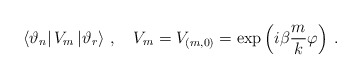
\begin{align*}\left\langle \vartheta _{n}\right| V_{m}\left| \vartheta_{r}\right\rangle \,,\quad V_{m}=V_{(m,0)}=\exp \left( {i\beta }\frac{m}{k}\varphi \right) \: .\end{align*}